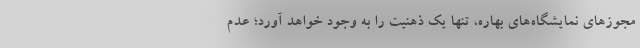
مجوزهای نمایشگاه‌های بهاره، تنها یک ذهنیت را به وجود خواهد آورد؛ عدم